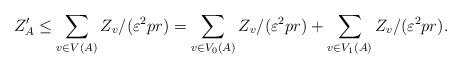
LaTeX: \begin{align*}Z'_A \le \sum_{v \in V(A)} Z_v/(\varepsilon^2 p r)= \sum_{v \in V_0(A)} Z_v/(\varepsilon^2 p r) + \sum_{v \in V_1(A)} Z_v/(\varepsilon^2 p r).\end{align*}